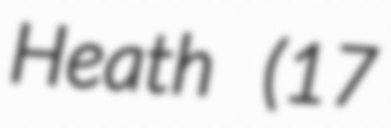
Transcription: Heath (17